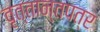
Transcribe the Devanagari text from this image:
वृत्तान्तपत्र